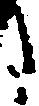
た